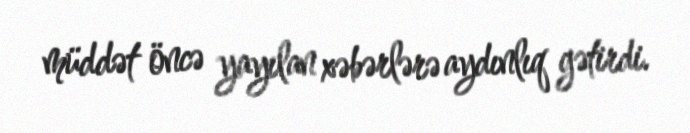
müddət öncə yayılan xəbərlərə aydınlıq gətirdi.